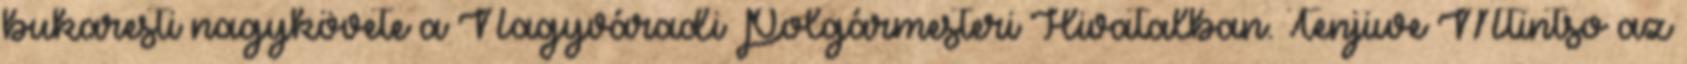
bukaresti nagykövete a Nagyváradi Polgármesteri Hivatalban. Tenjiwe Mtintso az